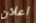
اعلان